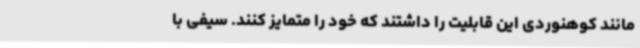
مانند کوهنوردی این قابلیت را داشتند که خود را متمایز کنند. سیفی با